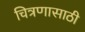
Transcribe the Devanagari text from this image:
चित्रणासाठी